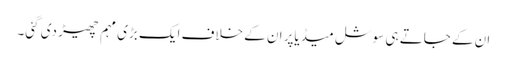
ان کے جاتے ہی سوشل میڈیاپر ان کے خلاف ایک بڑی مہم چھیڑ دی گئی۔